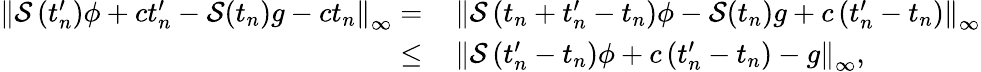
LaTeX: \begin{array}{rl}{\left\| \mathcal S\left(t_{n}^{\prime}\right)\phi+ct_{n}^{\prime}-\mathcal S(t_{n})g-ct_{n}\right\| _{\infty}=}&{\, \left\| \mathcal S\left(t_{n}+t_{n}^{\prime}-t_{n}\right)\phi-\mathcal S(t_{n})g+c\left(t_{n}^{\prime}-t_{n}\right)\right\| _{\infty}}\\ {\le}&{\, \left\| \mathcal S\left(t_{n}^{\prime}-t_{n}\right)\phi+c\left(t_{n}^{\prime}-t_{n}\right)-g\right\| _{\infty},}\end{array}